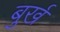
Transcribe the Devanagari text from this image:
बुर्ख